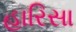
હારિસા